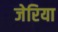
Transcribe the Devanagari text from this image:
जेरिया